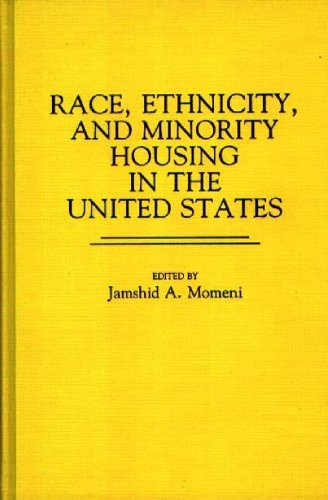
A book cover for Race, Ethnicity, and Minority Housing in the United States: (Contributions in Ethnic Studies); Jamshid Momeni; Law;